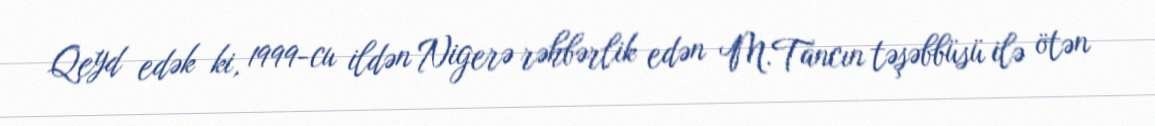
Qeyd edək ki, 1999-cu ildən Nigerə rəhbərlik edən M.Tancın təşəbbüsü ilə ötən